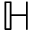
\mathbb { H }